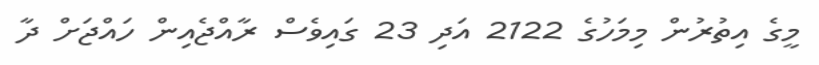
މީގެ އިތުރުން މިމަހުގެ 2122 އަދި 23 ގައިވެސް ރާއްޖެއިން ހައްޖަށް ދާ